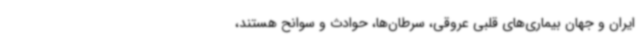
ایران و جهان بیماری‌های قلبی عروقی، سرطان‌ها، حوادث و سوانح هستند،